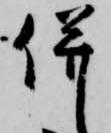
併